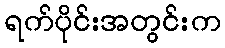
ရက်ပိုင်းအတွင်းက